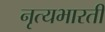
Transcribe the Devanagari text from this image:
नृत्यभारती